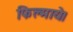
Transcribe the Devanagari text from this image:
फिल्माये।